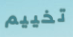
تخييم